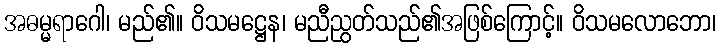
အဓမ္မရာဂေါ၊ မည်၏။ ဝိသမဋ္ဌေန၊ မညီညွတ်သည်၏အဖြစ်ကြောင့်။ ဝိသမလောဘော၊